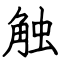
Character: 触